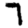
Digit: 7